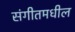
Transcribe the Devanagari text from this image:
संगीतमधील